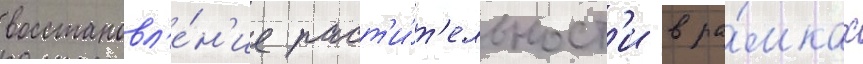
восстановл'е́н'ие раст'и́т'ельност'и в ра́мках